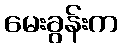
မေးခွန်းက